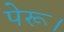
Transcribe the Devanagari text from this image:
पेरू।